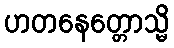
ဟတနေတ္တောသ္မိ